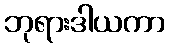
ဘုရားဒါယကာ